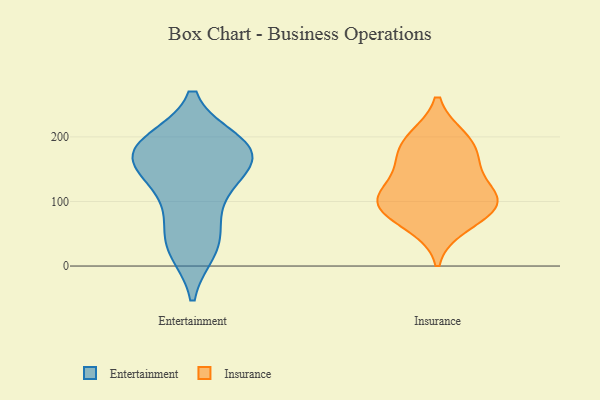
{"axis": {"x": "Shipments", "y": "Value"}, "legend": ["Entertainment", "Insurance"], "data": [{"x": "", "y": 156, "type": "Entertainment"}, {"x": "", "y": 124, "type": "Entertainment"}, {"x": "", "y": 178, "type": "Entertainment"}, {"x": "", "y": 191, "type": "Entertainment"}, {"x": "", "y": 26, "type": "Entertainment"}, {"x": "", "y": 179, "type": "Entertainment"}, {"x": "", "y": 47, "type": "Entertainment"}, {"x": "", "y": 134, "type": "Entertainment"}, {"x": "", "y": 173, "type": "Entertainment"}, {"x": "", "y": 178, "type": "Entertainment"}, {"x": "", "y": 86, "type": "Entertainment"}, {"x": "", "y": 189, "type": "Entertainment"}, {"x": "", "y": 28, "type": "Entertainment"}, {"x": "", "y": 104, "type": "Insurance"}, {"x": "", "y": 106, "type": "Insurance"}, {"x": "", "y": 198, "type": "Insurance"}, {"x": "", "y": 194, "type": "Insurance"}, {"x": "", "y": 63, "type": "Insurance"}, {"x": "", "y": 157, "type": "Insurance"}, {"x": "", "y": 95, "type": "Insurance"}, {"x": "", "y": 163, "type": "Insurance"}, {"x": "", "y": 83, "type": "Insurance"}, {"x": "", "y": 111, "type": "Insurance"}]}